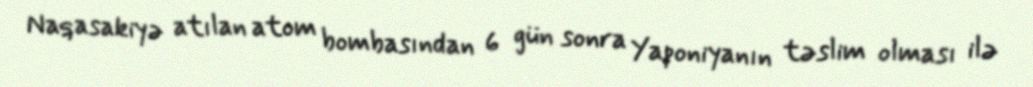
Naqasakiyə atılan atom bombasından 6 gün sonra Yaponiyanın təslim olması ilə